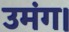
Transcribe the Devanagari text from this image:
उमंग।